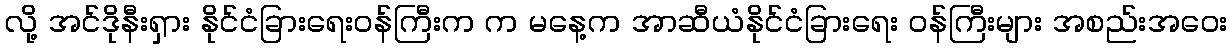
လို့ အင်ဒိုနီးရှား နိုင်ငံခြားရေးဝန်ကြီးက က မနေ့က အာဆီယံနိုင်ငံခြားရေး ဝန်ကြီးများ အစည်းအဝေး